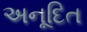
અનૂદિત